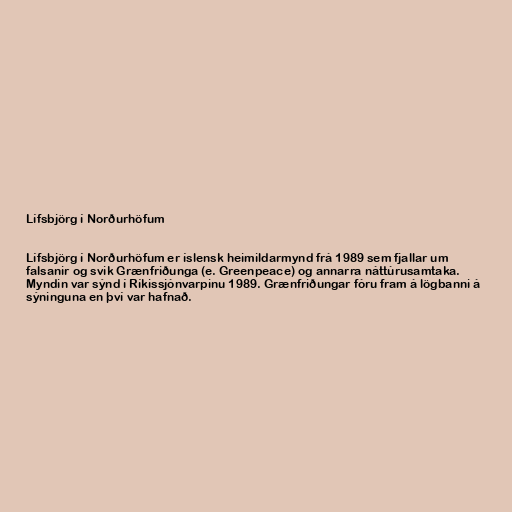
Lífsbjörg í Norðurhöfum

Lífsbjörg í Norðurhöfum er íslensk heimildarmynd frá 1989 sem fjallar um
falsanir og svik Grænfriðunga (e. Greenpeace) og annarra náttúrusamtaka.
Myndin var sýnd í Ríkissjónvarpinu 1989. Grænfriðungar fóru fram á lögbanni á
sýninguna en því var hafnað.